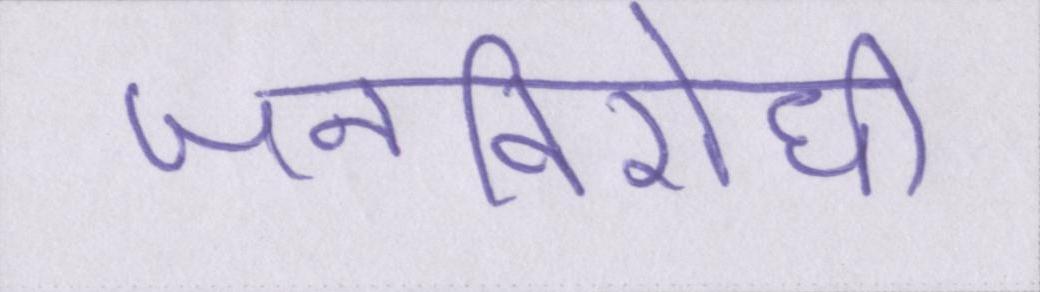
जनविरोधी